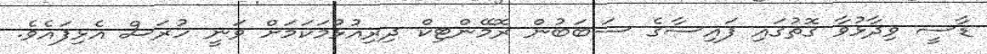
ޑާސީ ވިދާޅުވާ ގޮތުގައި ފައިސާގެ ސަބަބުން ރޮމޭންޓިކް ދިރިއުޅުމަކަމަށް ވަނީ ހުރަސް އެޅިފައެވެ.